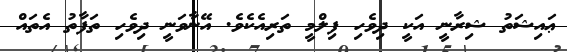
ޢައިޝަތު ޝިރާނީ އަކީ ދިވެހި ފިލްމީ ތަރިއެކެވެ. އޭނާވަނީ ދިވެހި ތަފާތު އެތައް